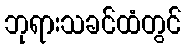
ဘုရားသခင်ထံတွင်